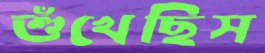
শুঁখেছিস